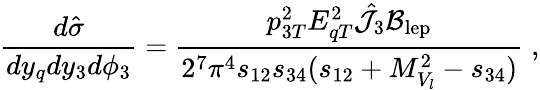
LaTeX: {\frac{d\hat{\sigma}}{dy_{q}dy_{3}d\phi_{3}}}={\frac{p_{3T}^{2}E_{qT}^{2}\hat{\cal J}_{3}{\cal B}_{\mathrm{lep}}}{2^{7}\pi^{4}s_{12}s_{34}(s_{12}+M_{V_{l}}^{2}-s_{34})}}\; ,